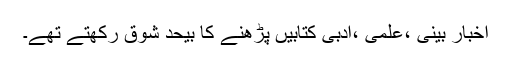
اخبار بینی ،علمی ،ادبی کتابیں پڑھنے کا بیحد شوق رکھتے تھے۔